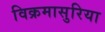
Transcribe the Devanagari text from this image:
विक्रमासुरिया